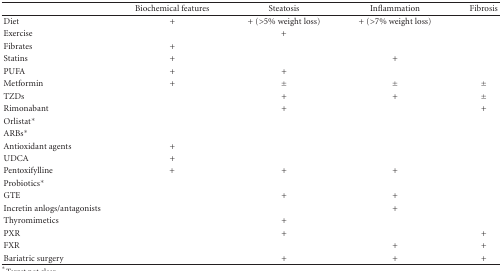
|  | Biochemical features | Steatosis | Inflammation | Fibrosis |
 | --- | --- | --- | --- | --- |
 | Diet | + | + (>5% weight loss) | + (>7% weight loss) |  |
 | Exercise |  | + |  |  |
 | Fibrates | + |  |  |  |
 | Statins | + |  | + |  |
 | PUFA | + | + |  |  |
 | Metformin | + | ± | ± | ± |
 | TZDs |  | + | + | ± |
 | Rimonabant |  | + |  | + |
 | Orlistat* |  |  |  |  |
 | ARBs* |  |  |  |  |
 | Antioxidant agents | + |  |  |  |
 | UDCA | + |  |  |  |
 | Pentoxifylline | + | + | + |  |
 | Probiotics* |  |  |  |  |
 | GTE |  | + | + |  |
 | Incretin anlogs/antagonists |  |  | + |  |
 | Thyromimetics |  | + |  |  |
 | PXR |  | + |  | + |
 | FXR |  |  | + | + |
 | Bariatric surgery |  | + | + | + |